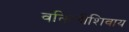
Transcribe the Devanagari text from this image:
वकिलीशिवाय